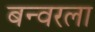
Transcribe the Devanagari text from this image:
बन्वरला